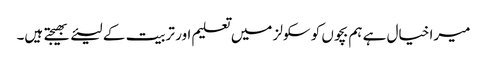
میرا خیال ہے ہم بچوں کو سکولز میں تعلیم اور تربیت کے لیئے بھیجتے ہیں۔